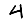
Digit: 4